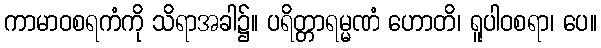
ကာမာဝစရကံကို သိရာအခါ၌။ ပရိတ္တာရမ္မဏံ ဟောတိ၊ ရူပါဝစရာ၊ ပေ။